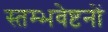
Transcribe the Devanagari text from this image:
स्तम्भवेष्टनों